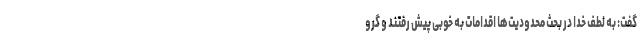
گفت: به لطف خدا در بحث محدودیت‌ها اقدامات به خوبی پیش رفتند و گرو